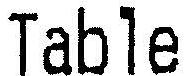
TABLE